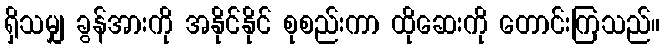
ရှိသမျှ ခွန်အားကို အနိုင်နိုင် စုစည်းကာ ထိုဆေးကို တောင်းကြသည်။